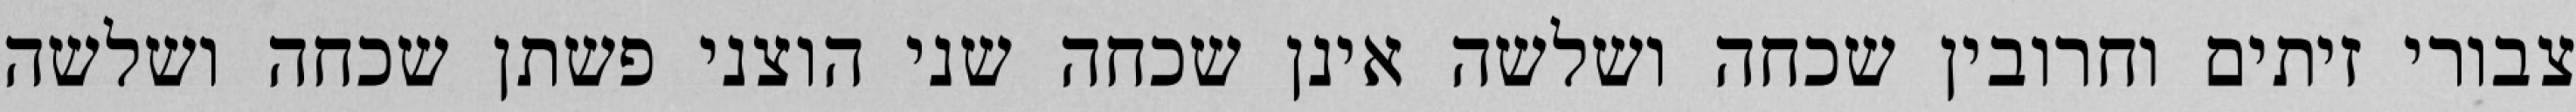
צבורי זיתים וחרובין שכחה ושלשה אינן שכחה שני הוצני פשתן שכחה ושלשה